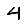
Digit: 4